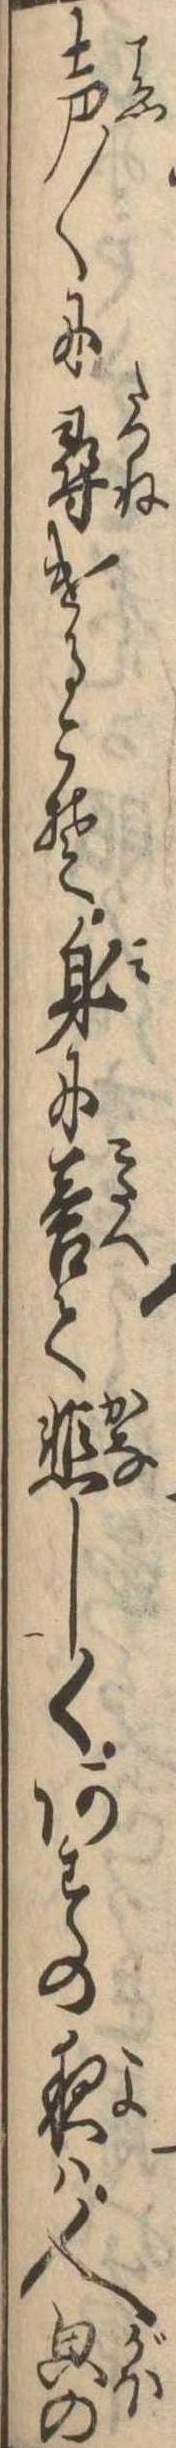
声〱に尋けるこそ身に答て悲しくあすの夜は人の